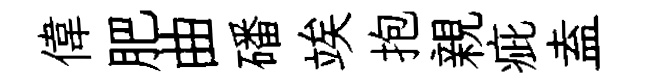
偉肥曲磻竢抱親疵盍